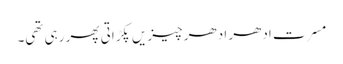
مسرت ادھر ادھر چیزیں پکڑاتی پھر رہی تھی۔